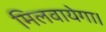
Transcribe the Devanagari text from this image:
मिलवायेगा।